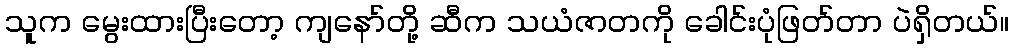
သူက မွေးထားပြီးတော့ ကျနော်တို့ ဆီက သယံဇာတကို ခေါင်းပုံဖြတ်တာ ပဲရှိတယ်။